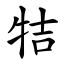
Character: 㸵